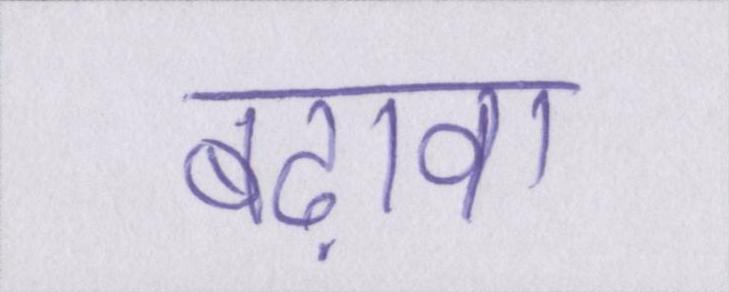
बढ़ावा